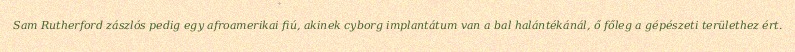
Sam Rutherford zászlós pedig egy afroamerikai fiú, akinek cyborg implantátum van a bal halántékánál, ő főleg a gépészeti területhez ért.